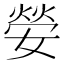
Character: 嫈